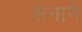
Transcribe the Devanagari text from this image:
सेनाने